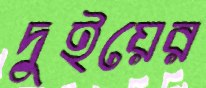
দুইয়ের